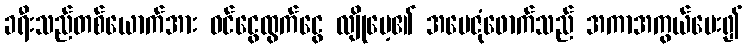
ခရီးသည်တစ်ယောက်အား ဝင်ငွေထွက်ငွေ လျိုပေ့၏ အမေဇုံဖောက်သည် အကာအကွယ်ပေး၍